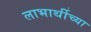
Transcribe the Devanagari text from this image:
लाभार्थीच्या